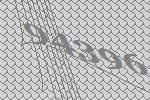
94396